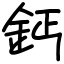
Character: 鈣